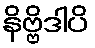
နိဗ္ဗိဒါပိ